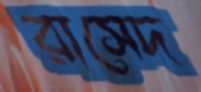
রাসেদ